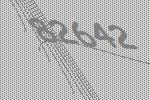
82642